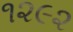
૧૨૯૨